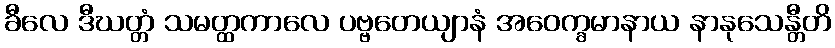
ခီလေ ဒီဃတ္တံ သမတ္ထကာလေ ပဗ္ဗတေယျာနံ အဝေက္ခမာနာယ နာနုသေန္တီတိ